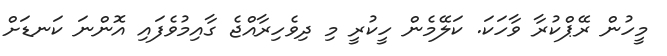
މީހުން ރޭޕްކުރާ ވާހަކަ. ކަލޭމެން ހީކުރީ މި ދިވެހިރާއްޖެ ގާއިމުވެފައި އޮންނަ ކަނޑަށް